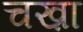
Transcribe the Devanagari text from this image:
चख़ा